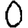
Digit: 0